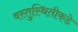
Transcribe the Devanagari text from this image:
वस्तुस्थितीकडे